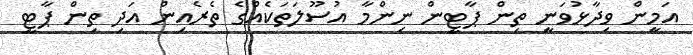
އަމީން ވިދާޅުވަނީ ތިން ޕާޓީން ނިންމާ އުސޫލަތަކެއްގެ ތެރެއިން އަދި ތިން ޕާޓީ